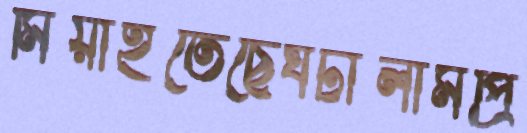
মিয়াইতেছেঘটালামপ্রি